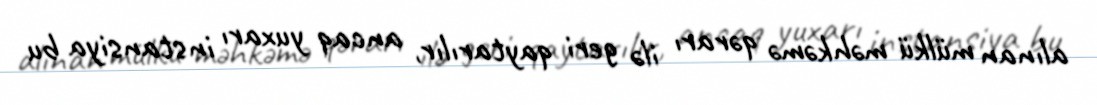
alınan mülkü məhkəmə qərarı ilə geri qaytarılır, ancaq yuxarı instansiya bu